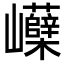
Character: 𡿗